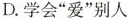
D.学会”爱”别人